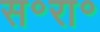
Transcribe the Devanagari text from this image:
स॰रा॰